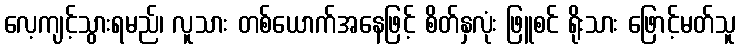
လေ့ကျင့်သွားရမည်၊ လူသား တစ်ယောက်အနေဖြင့် စိတ်နှလုံး ဖြူစင် ရိုးသား ဖြောင့်မတ်သူ